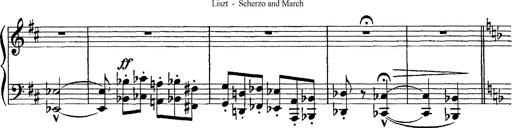
Title: Scherzo und Marsch
Composer: Franz Liszt